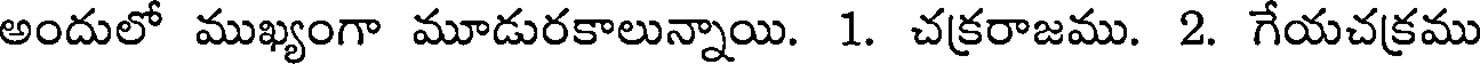
అందులో ముఖ్యంగా మూడురకాలున్నాయి. 1. చక్రరాజము. 2. గేయచక్రము